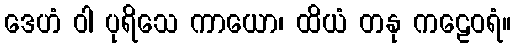
ဒေဟံ ဝါ ပုရိသေ ကာယော၊ ထိယံ တနု ကဠေဝရံ။